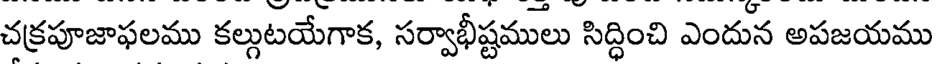
చక్రపూజాఫలము కల్గుటయేగాక, సర్వాభీష్టములు సిద్ధించి ఎందున అపజయము